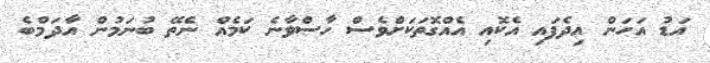
އަޑު އަހަން އިދެފައި އެކޮއި އެއްގޮތަކަށްވެސް ހާސްވާނެ ކަމެއް ނެތޭ ބުނަމުން އާދަމްބެ